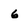
Character: 6